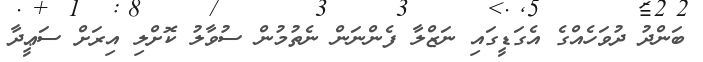
ބަންދު ދުވަހެއްގެ އެގަޑީގައި ނަޒްލާ ފެންނަން ނެތުމުން ސުވާލު ކޮށްލި އިރަށް ސަޢީދާ